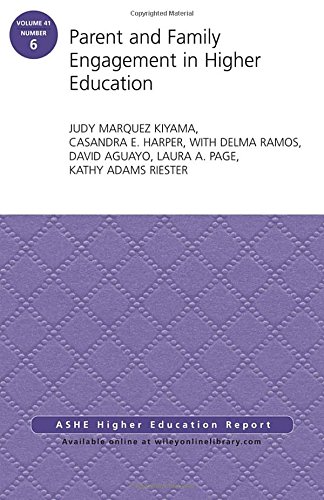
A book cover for Parent and Family Engagement in Higher Education: AEHE Volume 41, Number 6 (J-B ASHE Higher Education Report Series (AEHE)); Education & Teaching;